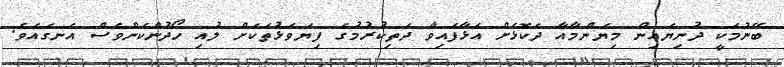
ބޭނުމަކީ ދުނިޔެއިން މިޔަންމާއާ ދެކޮޅަށް އަޅާފައިވާ ދަތިކުރުމުގެ ފިޔަވަޅުތަކަށް ލުއި ހޯދުންކަންވެސް އެނގެއެވެ.